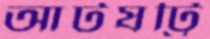
আটষট্টি